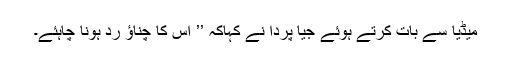
میڈیا سے بات کرتے ہوئے جیا پردا نے کہاکہ ’’ اس کا چناؤ رد ہونا چاہئے۔